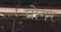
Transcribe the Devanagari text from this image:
घोगर